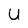
Character: u